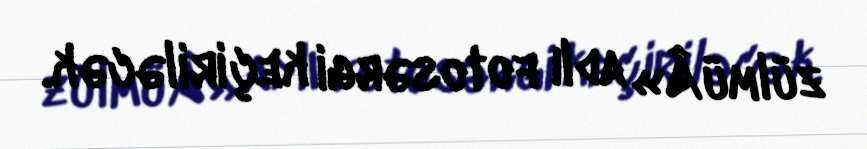
zülmüÂ» adlı fotosərgi keçiriləcək.